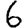
Digit: 6